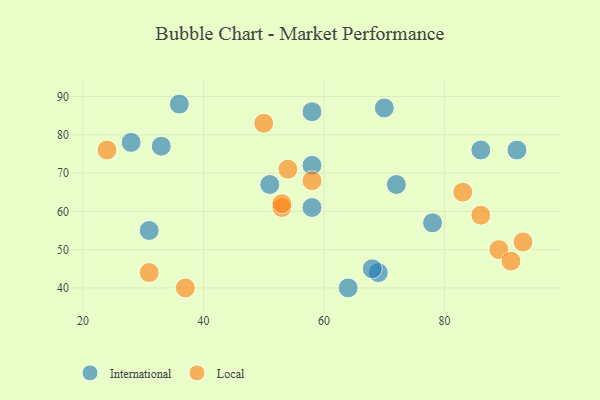
{"axis": {"x": "GDP", "y": "Life Expectancy"}, "legend": ["International", "Local"], "data": [{"x": "86", "y": 76, "type": "International"}, {"x": "31", "y": 55, "type": "International"}, {"x": "64", "y": 40, "type": "International"}, {"x": "58", "y": 72, "type": "International"}, {"x": "58", "y": 86, "type": "International"}, {"x": "51", "y": 67, "type": "International"}, {"x": "72", "y": 67, "type": "International"}, {"x": "28", "y": 78, "type": "International"}, {"x": "36", "y": 88, "type": "International"}, {"x": "58", "y": 61, "type": "International"}, {"x": "69", "y": 44, "type": "International"}, {"x": "33", "y": 77, "type": "International"}, {"x": "92", "y": 76, "type": "International"}, {"x": "68", "y": 45, "type": "International"}, {"x": "78", "y": 57, "type": "International"}, {"x": "70", "y": 87, "type": "International"}, {"x": "58", "y": 68, "type": "Local"}, {"x": "54", "y": 71, "type": "Local"}, {"x": "83", "y": 65, "type": "Local"}, {"x": "31", "y": 44, "type": "Local"}, {"x": "50", "y": 83, "type": "Local"}, {"x": "93", "y": 52, "type": "Local"}, {"x": "89", "y": 50, "type": "Local"}, {"x": "53", "y": 61, "type": "Local"}, {"x": "86", "y": 59, "type": "Local"}, {"x": "37", "y": 40, "type": "Local"}, {"x": "91", "y": 47, "type": "Local"}, {"x": "53", "y": 62, "type": "Local"}, {"x": "24", "y": 76, "type": "Local"}]}